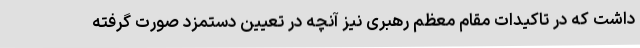
داشت که در تاکیدات مقام معظم رهبری نیز آنچه در تعیین دستمزد صورت گرفته